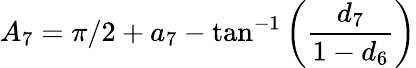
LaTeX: {A_{7}}=\pi/2+{a_{7}}-\tan^{-1}\left(\frac{d_{7}}{1-d_{6}}\right)